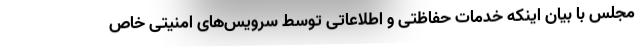
مجلس با بیان اینکه خدمات حفاظتی و اطلاعاتی توسط سرویس‌های امنیتی خاص